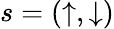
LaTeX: s=(\uparrow,\downarrow)